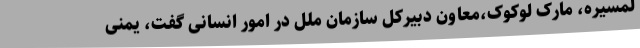
لمسیره، مارک لوکوک،معاون دبیرکل سازمان ملل در امور انسانی گفت، یمنی